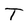
Character: T